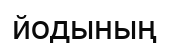
йодының